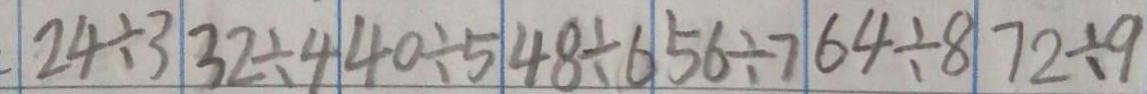
\vert 2 4 \div 3 \vert 3 2 \div 4 \vert 4 0 \div 5 \vert 4 8 \div 6 \vert 5 6 \div 7 \vert 6 4 \div 8 \vert 7 2 \div 9